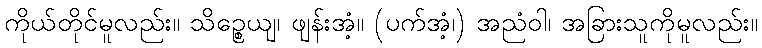
ကိုယ်တိုင်မူလည်း။ သိဉ္စေယျ၊ ဖျန်းအံ့။ (ပက်အံ့၊) အညံဝါ၊ အခြားသူကိုမူလည်း။